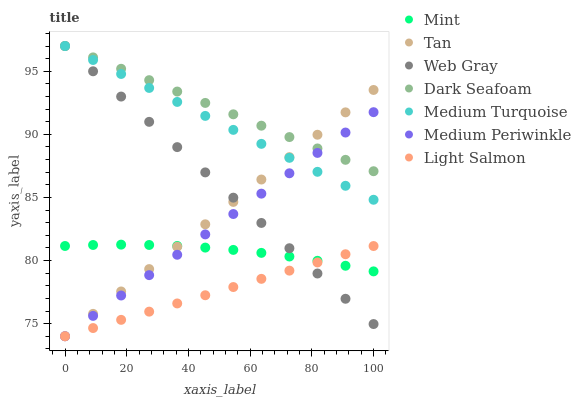
| xaxis_label | Mint | Tan | Web Gray | Dark Seafoam | Medium Turquoise | Medium Periwinkle | Light Salmon |
 | --- | --- | --- | --- | --- | --- | --- | --- |
 | 0 | 81.2 | 74 | 97 | 97 | 97 | 74 | 74 |
 | 9.09 | 81.2 | 75.8 | 95 | 96.1 | 95.9 | 75.6 | 74.6 |
 | 18.2 | 81.3 | 77.5 | 93 | 95.2 | 94.8 | 77.2 | 75.3 |
 | 27.3 | 81.2 | 79.3 | 91 | 94.3 | 93.7 | 78.8 | 75.9 |
 | 36.4 | 81.2 | 81.1 | 89 | 93.4 | 92.6 | 80.5 | 76.6 |
 | 45.5 | 81 | 82.9 | 87 | 92.5 | 91.5 | 82.1 | 77.2 |
 | 54.5 | 80.8 | 84.6 | 85 | 91.6 | 90.4 | 83.7 | 77.9 |
 | 63.6 | 80.6 | 86.4 | 83 | 90.7 | 89.2 | 85.3 | 78.5 |
 | 72.7 | 80.3 | 88.2 | 81 | 89.8 | 88.1 | 86.9 | 79.2 |
 | 81.8 | 80 | 90 | 79 | 88.9 | 87 | 88.5 | 79.8 |
 | 90.9 | 79.6 | 91.7 | 77 | 88 | 85.9 | 90.1 | 80.5 |
 | 100 | 79.1 | 93.5 | 75 | 87.1 | 84.8 | 91.8 | 81.1 |